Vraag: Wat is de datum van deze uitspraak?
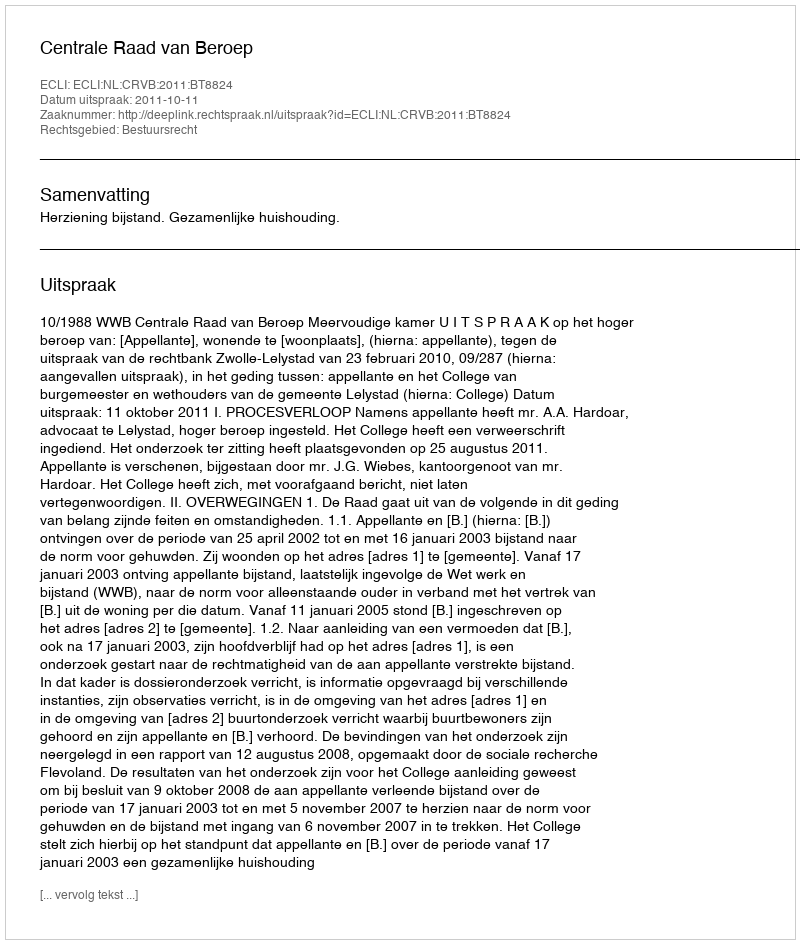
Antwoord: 2011-10-11